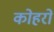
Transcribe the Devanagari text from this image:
कोहरों